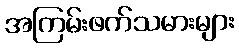
အကြမ်းဖက်သမားများ